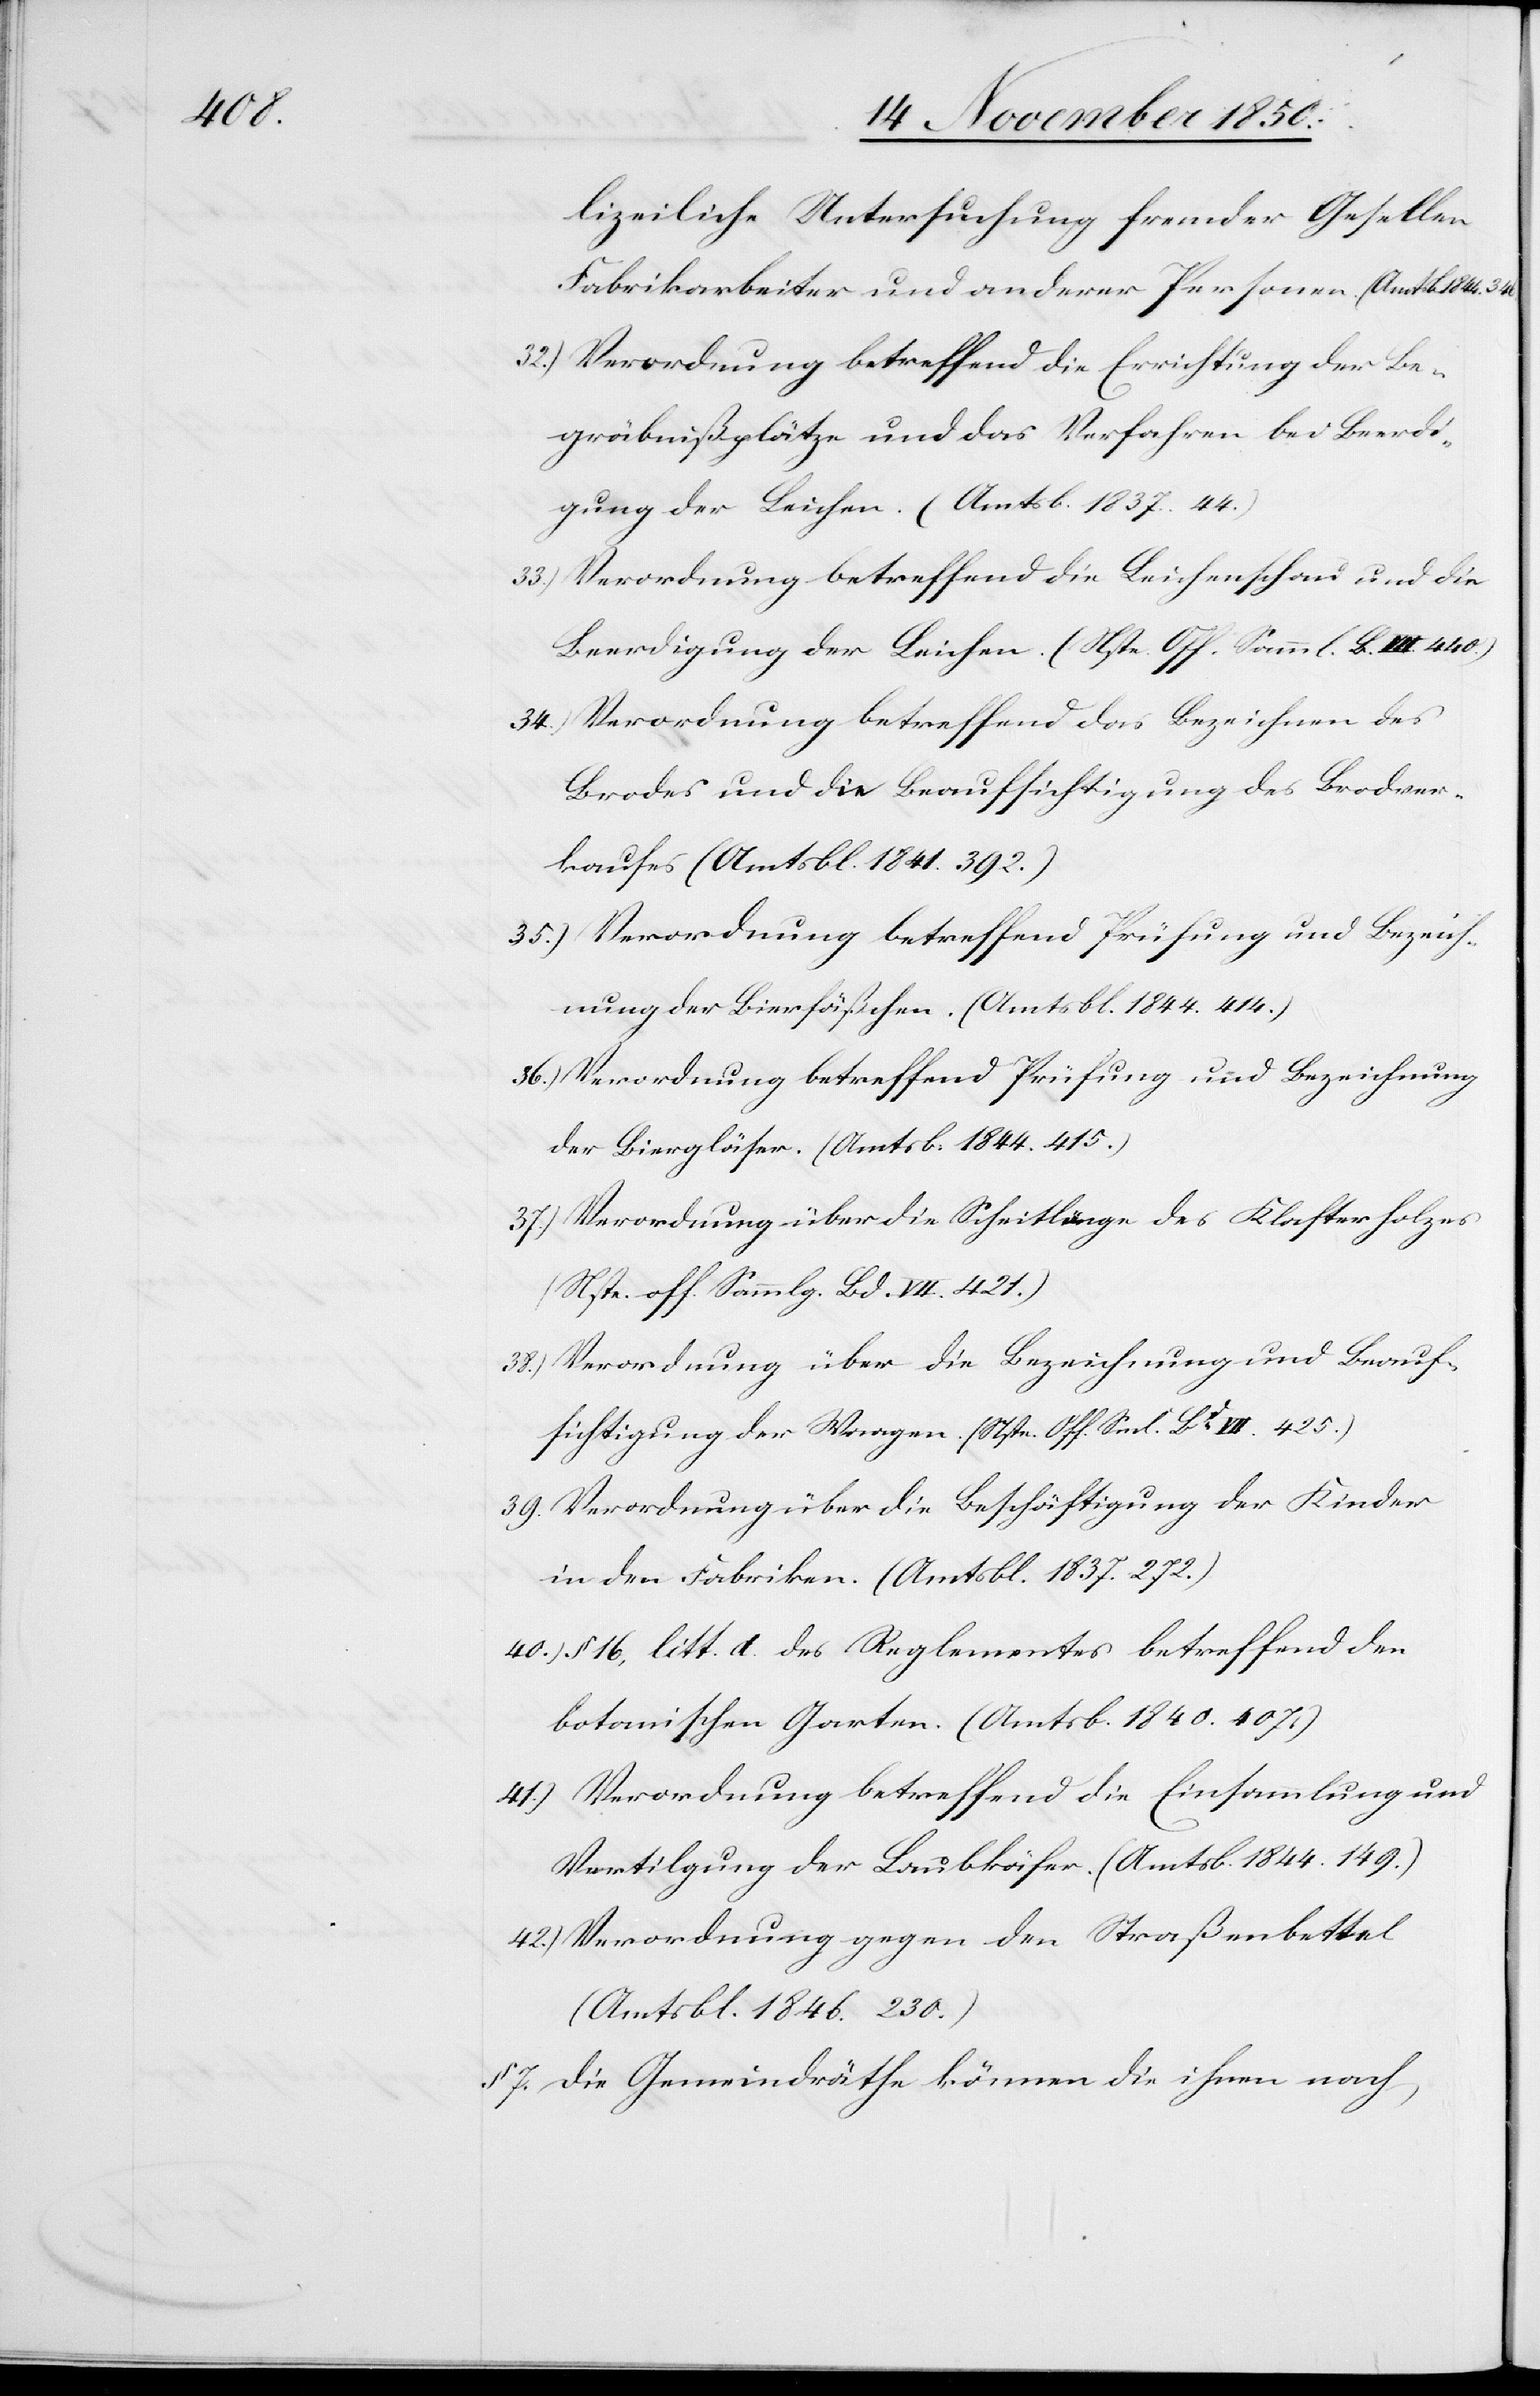
lizeiliche Untersuchung fremder Gesellen
Fabrikarbeiter und anderer Personen. (Amtsb. 1844.
Verordnung betreffend die Errichtung der Be¬
gräbnißplätze und das Verfahren bei Beerdi¬
gung der Leichen. (Amtsb. 1837. 44.)
Verordnung betreffend die Leichenschau und die
Beerdigung der Leichen. (Nste. Off. Samml. B. VII. 440.)
Verordnung betreffend das Bezeichnen des
Brodes und die Beaufsichtigung des Brodver¬
kaufes (Amtsbl. 1841. 392.)
Verordnung betreffend Prüfung und Bezeich¬
nung der Bierfäßchen. (Amtsbl. 1844. 414.)
Verordnung betreffend Prüfung und Bezeichnung
der Biergläser. (Amtsbl. 1844. 415.)
Verordnung über die Scheittlänge des Klafterholzes
(Nste. off. Sammlg. Bd. VII. 421.)
Verordnung über die Bezeichnung und Beauf¬
sichtigung der Waagen. (Nste. Off. Sml. Bd VII. 425.)
Verordnung über die Beschäftigung der Kinder
in den Fabriken. (Amtsbl. 1837. 272.)
§ 16, litt. d. des Reglementes betreffend den
botanischen Garten. (Amtsb. 1840. 407.)
Verordnung betreffend die Einsammlung und
Vertilgung der Laubkäfer. (Amtsb. 1844. 149.)
Verordnung gegen den Straßenbettel
(Amtsbl. 1846. 230.)
§ 7. Die Gemeindräthe können die ihnen nach